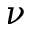
\nu